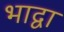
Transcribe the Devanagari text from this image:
भाद्वा